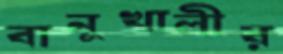
বানুখালীর